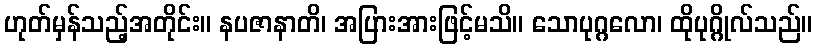
ဟုတ်မှန်သည့်အတိုင်း။ နပဇာနာတိ၊ အပြားအားဖြင့်မသိ။ သောပုဂ္ဂလော၊ ထိုပုဂ္ဂိုလ်သည်။